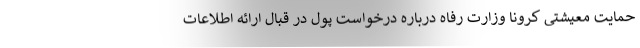
حمایت معیشتی کرونا وزارت رفاه درباره درخواست پول در قبال ارائه اطلاعات